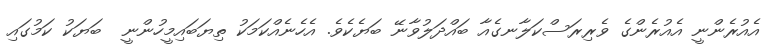
އެއުރެންނީ އެއުރެންގެ ވެރިރަސްކަލާނގެއާ ބައްދަލުވާނޭ ބަޔެކެވެ. އެހެނެއްކަމަކު ތިޔަބައިމީހުންނީ  ބަޔަކު ކަމުގައި